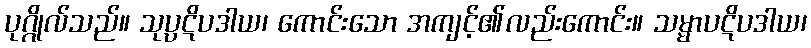
ပုဂ္ဂိုလ်သည်။ သုပ္ပဋိပဒါယ၊ ကောင်းသော အကျင့်၏လည်းကောင်း။ သမ္မာပဋိပဒါယ၊